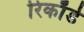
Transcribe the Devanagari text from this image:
रिकाॅर्ड